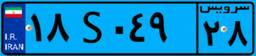
۱۸S۰۴۹۲۸